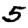
Digit: 5